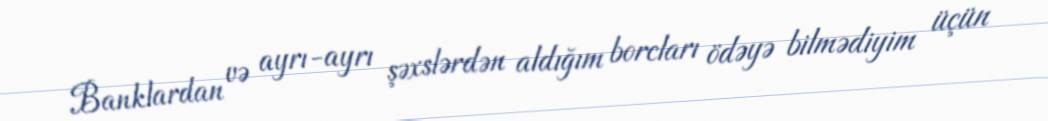
Banklardan və ayrı-ayrı şəxslərdən aldığım borcları ödəyə bilmədiyim üçün